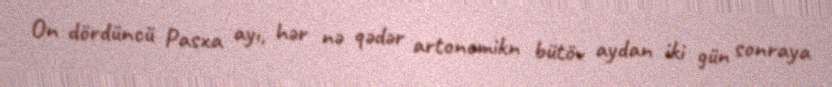
On dördüncü Pasxa ayı, hər nə qədər artonomikn bütöv aydan iki gün sonraya